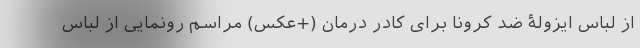
از لباس ایزولۀ ضد کرونا برای کادر درمان (+عکس) مراسم رونمایی از لباس